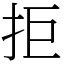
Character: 拒